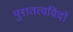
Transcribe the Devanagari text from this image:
पुरातत्‍वविदों